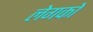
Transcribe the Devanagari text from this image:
लेगको